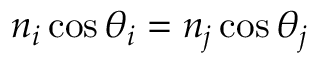
n _ { i } \cos \theta _ { i } = n _ { j } \cos \theta _ { j }